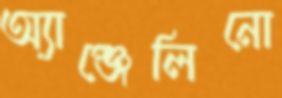
অ্যাঞ্জেলিনো